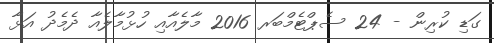
ގަޑި ކުރިން - 24 ސެޕްޓެމްބަރ 2016 މާލެއާއި ހުޅުމާލެއާ ދެމެދު އަޅާ